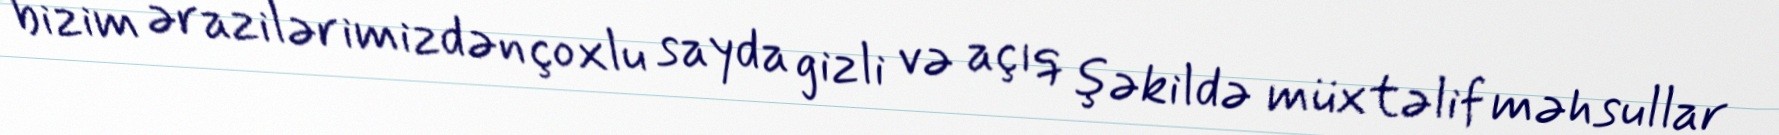
bizim ərazilərimizdən çoxlu sayda gizli və açıq şəkildə müxtəlif məhsullar